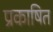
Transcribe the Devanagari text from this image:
प्रकाषित